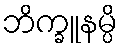
ဘိက္ခူနမ္ပိ